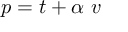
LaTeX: p = t + \alpha \ v